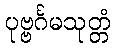
ပုဗ္ဗင်္ဂမသုတ္တံ